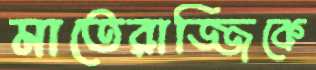
মাতেরাজ্জিকে